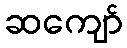
ဆကျော်